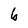
Character: b